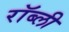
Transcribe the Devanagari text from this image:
रॉब्ली